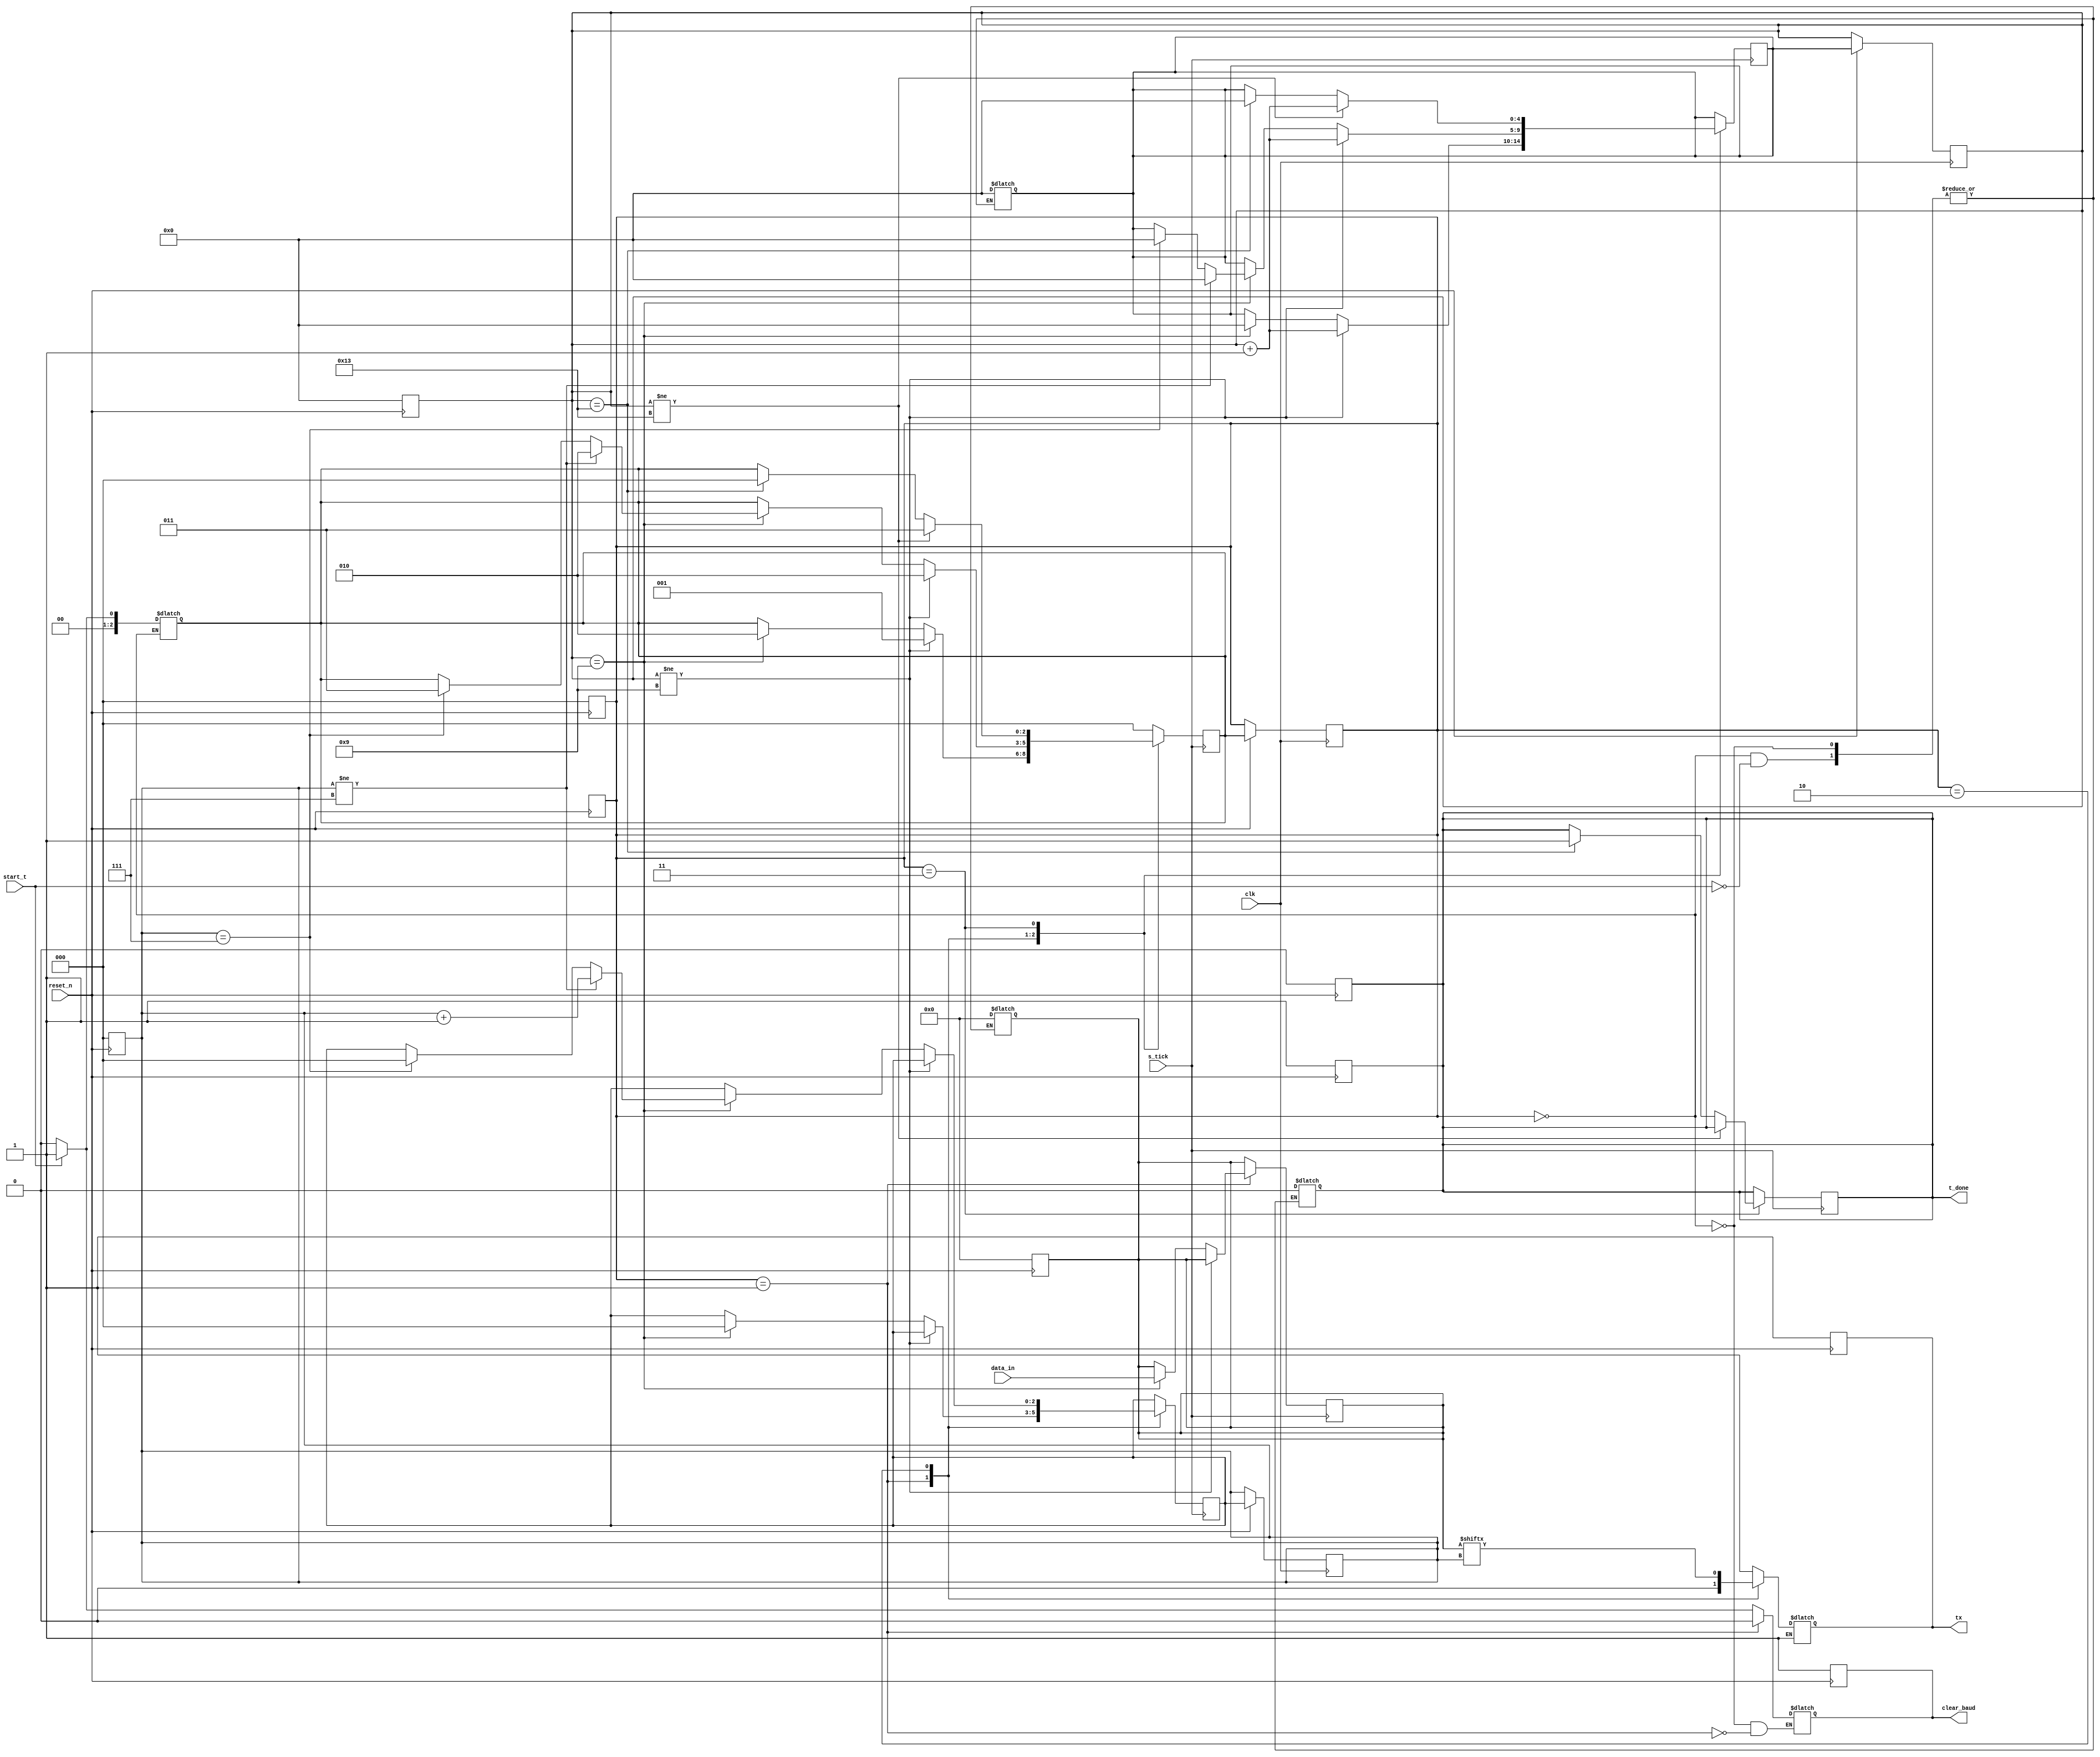
module UART_transmitter    
#(parameter bit = 8 , sb = 2 )(
input clk,
input reset_n ,
input s_tick ,
input [bit-1 : 0]data_in ,
input start_t ,
output reg t_done ,
output reg tx ,
output reg clear_baud
);

reg [bit-1:0] in_reg ;
reg [$clog2(sb*10-1)-1:0] s_reg , s_next ;
reg [$clog2(bit)-1:0] n_reg , n_next ;
localparam s0 =0 , s1 = 1 , s2 = 2 , s3 = 3 , s4 = 4 ;
reg [2:0]state_reg , state_next ;


always @(negedge reset_n)
begin
         in_reg <= 0 ;
         clear_baud <= 1'b1 ;
         s_reg <= 0 ;
         n_reg <= 0 ;
         state_reg <= 'bx ;
         t_done <= 1'b1 ;
         tx <=1'b1 ;
end
 
always @(posedge reset_n)  begin t_done <= 1'b0 ; state_reg = s0 ; end
always @(posedge clk )
  begin
    if (reset_n)  begin
       state_reg <=state_next ; 
       s_reg <= s_next ;
       n_reg <= n_next ;
       end
  end

always @ (*)
  begin
    case(state_reg)
    s0:
      begin
           if (~start_t)
              begin
                  state_next = s0 ;
                  tx <=1'b1 ;
                  clear_baud <= 1'b0;
              end
           else if (start_t) 
              begin
                  state_next <= s1 ;
                  s_next <= 0 ;
                  in_reg <= 'b0 ;
                  clear_baud <= 1'b1;
                  t_done <= 1'b0 ;  
                  tx <=1'b1 ; 
              end
       end
    s1 : begin  clear_baud = 1'b0 ; tx = 1'b0 ;  end
    s2 :begin  tx = in_reg[n_reg]  ; end
    s3 :  tx = 1'b1 ; 
    default : tx = 1'b1 ;
    endcase
 end

always@(posedge s_tick)            
             begin

    case(state_reg)
      s1 :  begin
                if( s_reg != 9 )
                   begin 
                     state_next <= s1 ;
                     s_next <= s_reg + 1 ; 
                   end
                else if (s_reg == 9 )
                   begin
                     state_next <= s2  ;
                     s_next <= 0 ;
                     n_next <= 0 ;
                     in_reg <= data_in ;
                   end
            end

      s2 : 
            begin
              if(s_reg != 9)
                 begin
                   state_next <= s2 ;
                   s_next <= s_reg +1 ;
                 end
              else if (s_reg == 9 )
                 begin
                   if (n_reg!= bit-1)
                      begin
                        state_next <= s2 ;
                        s_next <= 0 ;
                        n_next <= n_reg+1 ;
                      end
                   else if (n_reg == bit-1) 
                      begin
                        state_next <= s3 ;
                        s_next <= 0 ;
                        n_next <= 0 ;
                      end
                 end
            end

      s3 : 
          begin
             if (s_reg != 10*sb-1 ) 
                begin 
                  state_next <= s3 ;
                  s_next <= s_reg + 1 ;
                end
             else if (s_reg == 10*sb-1) 
                begin 
                  t_done <= 1'b1 ;
                  state_next <= s0 ;
                  s_next <=0 ;
                end 
          end 
             
      default : state_next <= s0 ;
   endcase
end
  
endmodule